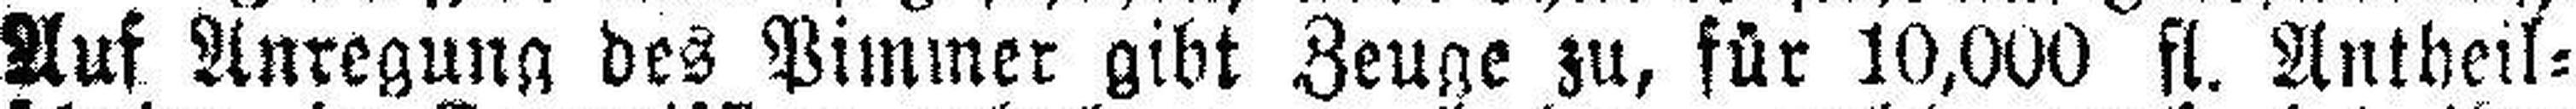
Auf Anregung des Pimmer gibt Zeuge zu, für 10,000 fl. Antheil¬